Civil Veterinary Department. Madras. Admin. report 1910-25 - 1910-1925
Year: 1910
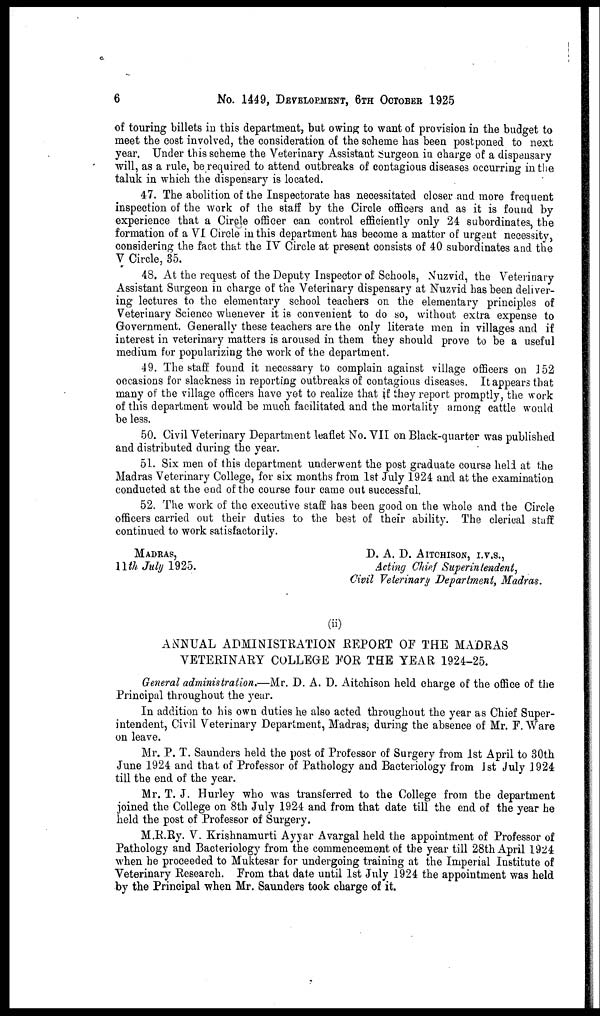
6 6
No. 1449, DEVELOPMENT, 6TH OCTOBER 1925
of touring billets in this department, but owing to want of provision in the budget to
meet the cost involved, the consideration of the scheme has been postponed to next
year, Under this scheme the Veterinary Assistant Surgeon in charge of a dispensary
will, as a rule, be required to attend outbreaks of contagious diseases occurring in the
taluk in which the dispensary is located.
47. The abolition of the Inspectorate has necessitated closer and more frequent
inspection of the work of the staff by the Circle officers and as it is found by
experience that a Circle officer can control efficiently only 24 subordinates, the
formation of a VI Circle in this department has become a matter of urgent necessity,
considering the fact that the IV Circle at present consists of 40 subordinates and the
V Circle, 35.
48. At the request of the Deputy Inspector of Schools, Nuzvid, the Veterinary
Assistant Surgeon in charge of the Veterinary dispensary at Nuzvid has been deliver-
ing lectures to the elementary school teachers on the elementary principles of
Veterinary Science whenever it is convenient to do so, without extra expense to
Government. Generally these teachers are the only literate men in villages and if
interest in veterinary matters is aroused in them they should prove to be a useful
medium for popularizing the work of the department.
49. The staff found it necessary to complain against village officers on 152
occasions for slackness in reporting outbreaks of contagious diseases. It appears that
many of the village officers have yet to realize that if they report promptly, the work
of this department would be much facilitated and the mortality among cattle would
be less.
50. Civil Veterinary Department leaflet No. VII on Black-quarter was published
and distributed during the year.
51. Six men of this department underwent the post graduate course held at the
Madras Veterinary College, for six months from 1st July 1924 and at the examination
conducted at the end of the course four came out successful.
52. The work of the executive staff ha9 been good on the whole and the Circle
officers carried out their duties to the best of their ability. The clerical stuff
continued to work satisfactorily.
MADRAS,
11TH JULY 1925.
D. A. D. AITCHISON, I.V.S.,
Acting Chief Superintendent,
Civil Veterinary Department, Madras.
(ii)
ANNUAL ADMINISTRATION REPORT OF THE MADRAS
VETERINARY COLLEGE FOR THE YEAR 1924-25.
General administration.—Mr. D. A. D. Aitchison held charge of the office of the
Principal throughout the year.
In addition to his own duties he also acted throughout the year as Chief Super-
intendent, Civil Veterinary Department, Madras, during the absence of Mr. F. Ware
on leave.
Mr. P. T. Saunders held the post of Professor of Surgery from 1st April to 30th
June 1924 and that of Professor of Pathology and Bacteriology from 1st July 1924
till the end of the year.
Mr. T. J. Hurley who was transferred to the College from the department
joined the College on 8th July 1924 and from that date till the end of the year he
held the post of Professor of Surgery.
M.R.Ry. V. Krishnamurti Ayyar Avargal held the appointment of Professor of
Pathology and Bacteriology from the commencement of the year till 28th April 1924
when he proceeded to Muktesar for undergoing training at the Imperial Institute of
Veterinary Research. From that date until 1st July 1924 the appointment was held
by the Principal when Mr. Saunders took charge of it.